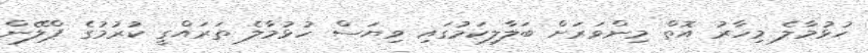
ހުޅުމާލެ މިހާރު އޮތް މިންވަރަށް ބަލާލިކަމުގައި ވިޔަސް ހުޅުމާލެ ތަރައްގީ ކުރުމުގެ ޕްލޭން